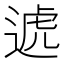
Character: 𨔛